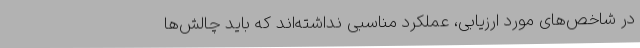
در شاخص‌های مورد ارزیابی، عملکرد مناسبی نداشته‌اند که باید چالش‌ها